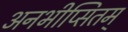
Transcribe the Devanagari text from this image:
अनभीप्सितम्